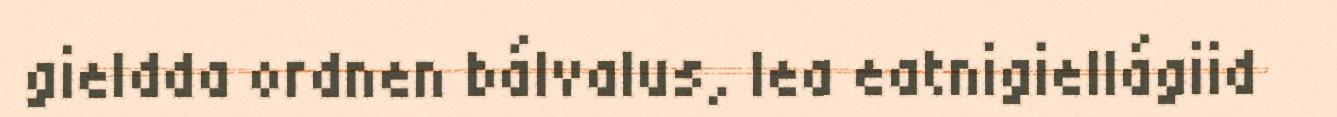
gieldda ordnen bálvalus, lea eatnigiellágiid